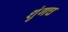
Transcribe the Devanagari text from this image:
शुंगच